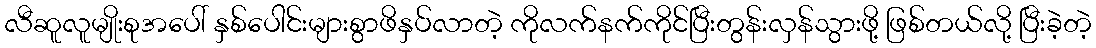
လီဆူလူမျိုးစုအပေါ် နှစ်ပေါင်းများစွာဖိနှပ်လာတဲ့ ကိုလက်နက်ကိုင်ပြီးတွန်းလှန်သွားဖို့ ဖြစ်တယ်လို့ ပြီးခဲ့တဲ့